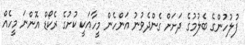
ފުލުހުންގެ ބެލުމުގެ ދަށަށް ގެންދެވުނު އަންހެން މީހާއަކީ ކުށުގެ ރެކޯޑް އޮންނަ މީހެއް